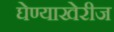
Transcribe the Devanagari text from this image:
घेण्याखेरीज